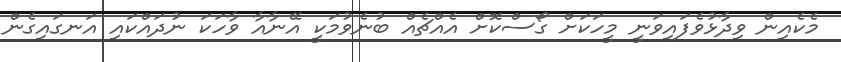
މެކެއިން ވިދާޅުވެފައިވަނީ މީހަކަށް ގޯސްކޮށް އެއްޗެއް ބުނެވުމަކީ އޭނާއާ ވާހަކަ ނުދައްކައި އަނގައިގެން